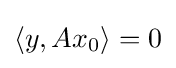
\langle y,Ax_{0}\rangle =0